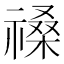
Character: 𥛋